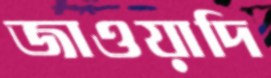
জাওয়াদি